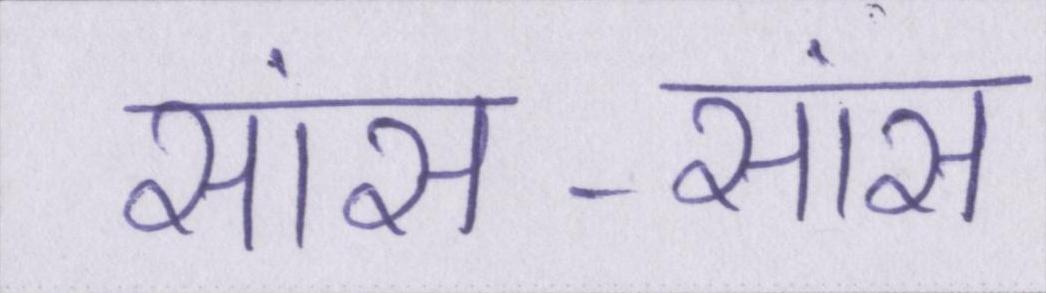
सांस-सांस